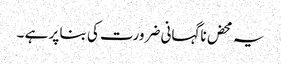
یہ محض ناگہانی ضرورت کی بنا پر ہے ۔